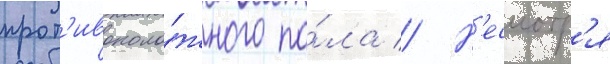
прот'ивополо́жного по́ла // Н'есмотр'я